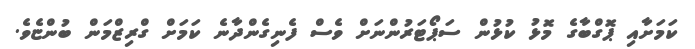
ކަމަށާއި ޕޮގްބާގެ މޮޅު ކުޅުން ސަޕޯޓަރުންނަށް ވެސް ފެނިގެންދާނެ ކަމަށް ގްރިޒްމަން ބުންޏެވެ.